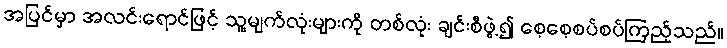
အပြင်မှာ အလင်းရောင်ဖြင့် သူ့မျက်လုံးများကို တစ်လုံး ချင်းစီဖွဲ့၍ စေ့စေ့စပ်စပ်ကြည့်သည်။